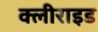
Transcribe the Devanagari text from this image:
क्लीराइड